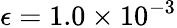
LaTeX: \epsilon=1.0\times 10^{-3}